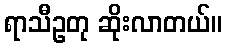
ရာသီဥတု ဆိုးလာတယ်။